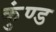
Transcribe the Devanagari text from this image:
कुंण्ड